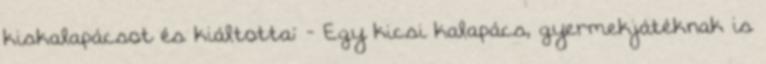
kiskalapácsot és kiáltotta: - Egy kicsi kalapács, gyermekjátéknak is